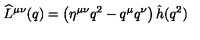
\widehat L ^ { \mu \nu } ( q ) = \left( \eta ^ { \mu \nu } q ^ { 2 } - q ^ { \mu } q ^ { \nu } \right) \hat { h } ( q ^ { 2 } )